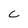
Character: C